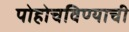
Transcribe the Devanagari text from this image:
पोहोचविण्याची